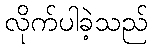
လိုက်ပါခဲ့သည်